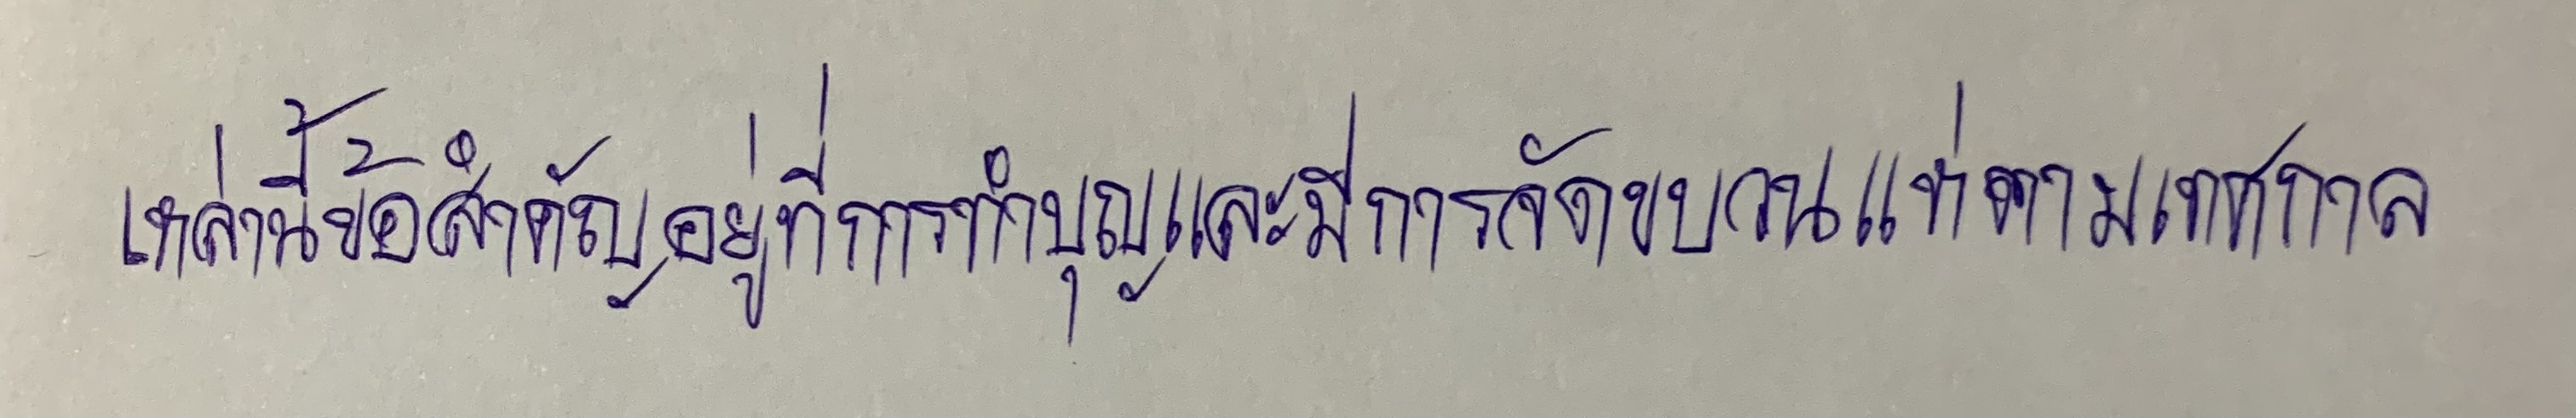
เหล่านี้ข้อสำคัญอยู่ที่การทำบุญและมีการจัดขบวนแห่ตามเทศกาล